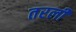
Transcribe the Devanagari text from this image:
तरली